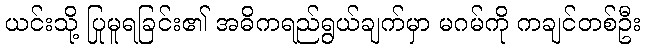
ယင်းသို့ ပြုမူရခြင်း၏ အဓိကရည်ရွယ်ချက်မှာ မဂမ်ကို ကချင်တစ်ဦး